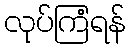
လုပ်ကြံရန်